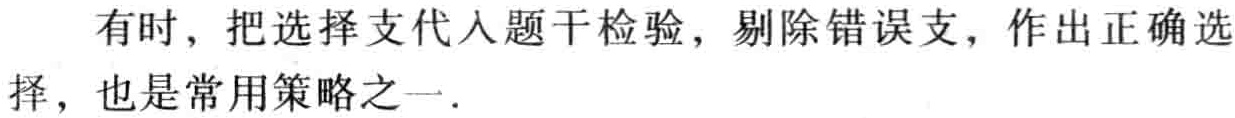
有时，把选择支代入题干检验，剔除错误支，作出正确选
择，也是常用策略之一.